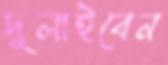
দুলাইবেন